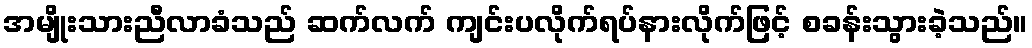
အမျိုးသားညီလာခံသည် ဆက်လက် ကျင်းပလိုက်ရပ်နားလိုက်ဖြင့် စခန်းသွားခဲ့သည်။